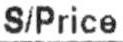
S/PRICE